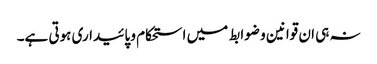
نہ ہی ان قوانین و ضوابط میں استحکام و پائیداری ہوتی ہے۔